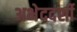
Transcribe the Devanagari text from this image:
अभेददर्शी